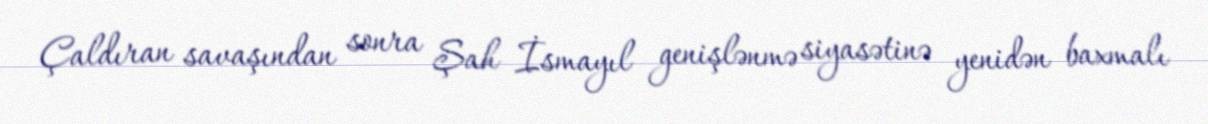
Çaldıran savaşından sonra Şah İsmayıl genişlənmə siyasətinə yenidən baxmalı